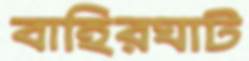
বাহিরঘাট